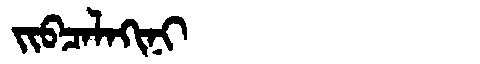
Manchu: ᠵᡳᠪᠴᠠᠯᠠᡴᡳᠨᡳ
Romanization: JIBCALAKINI